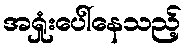
အရှုံးပေါ်နေသည့်